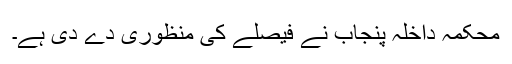
محکمہ داخلہ پنجاب نے فیصلے کی منظوری دے دی ہے۔